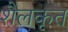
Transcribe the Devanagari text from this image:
शैलकृत